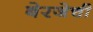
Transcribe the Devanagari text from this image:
बेरजेची